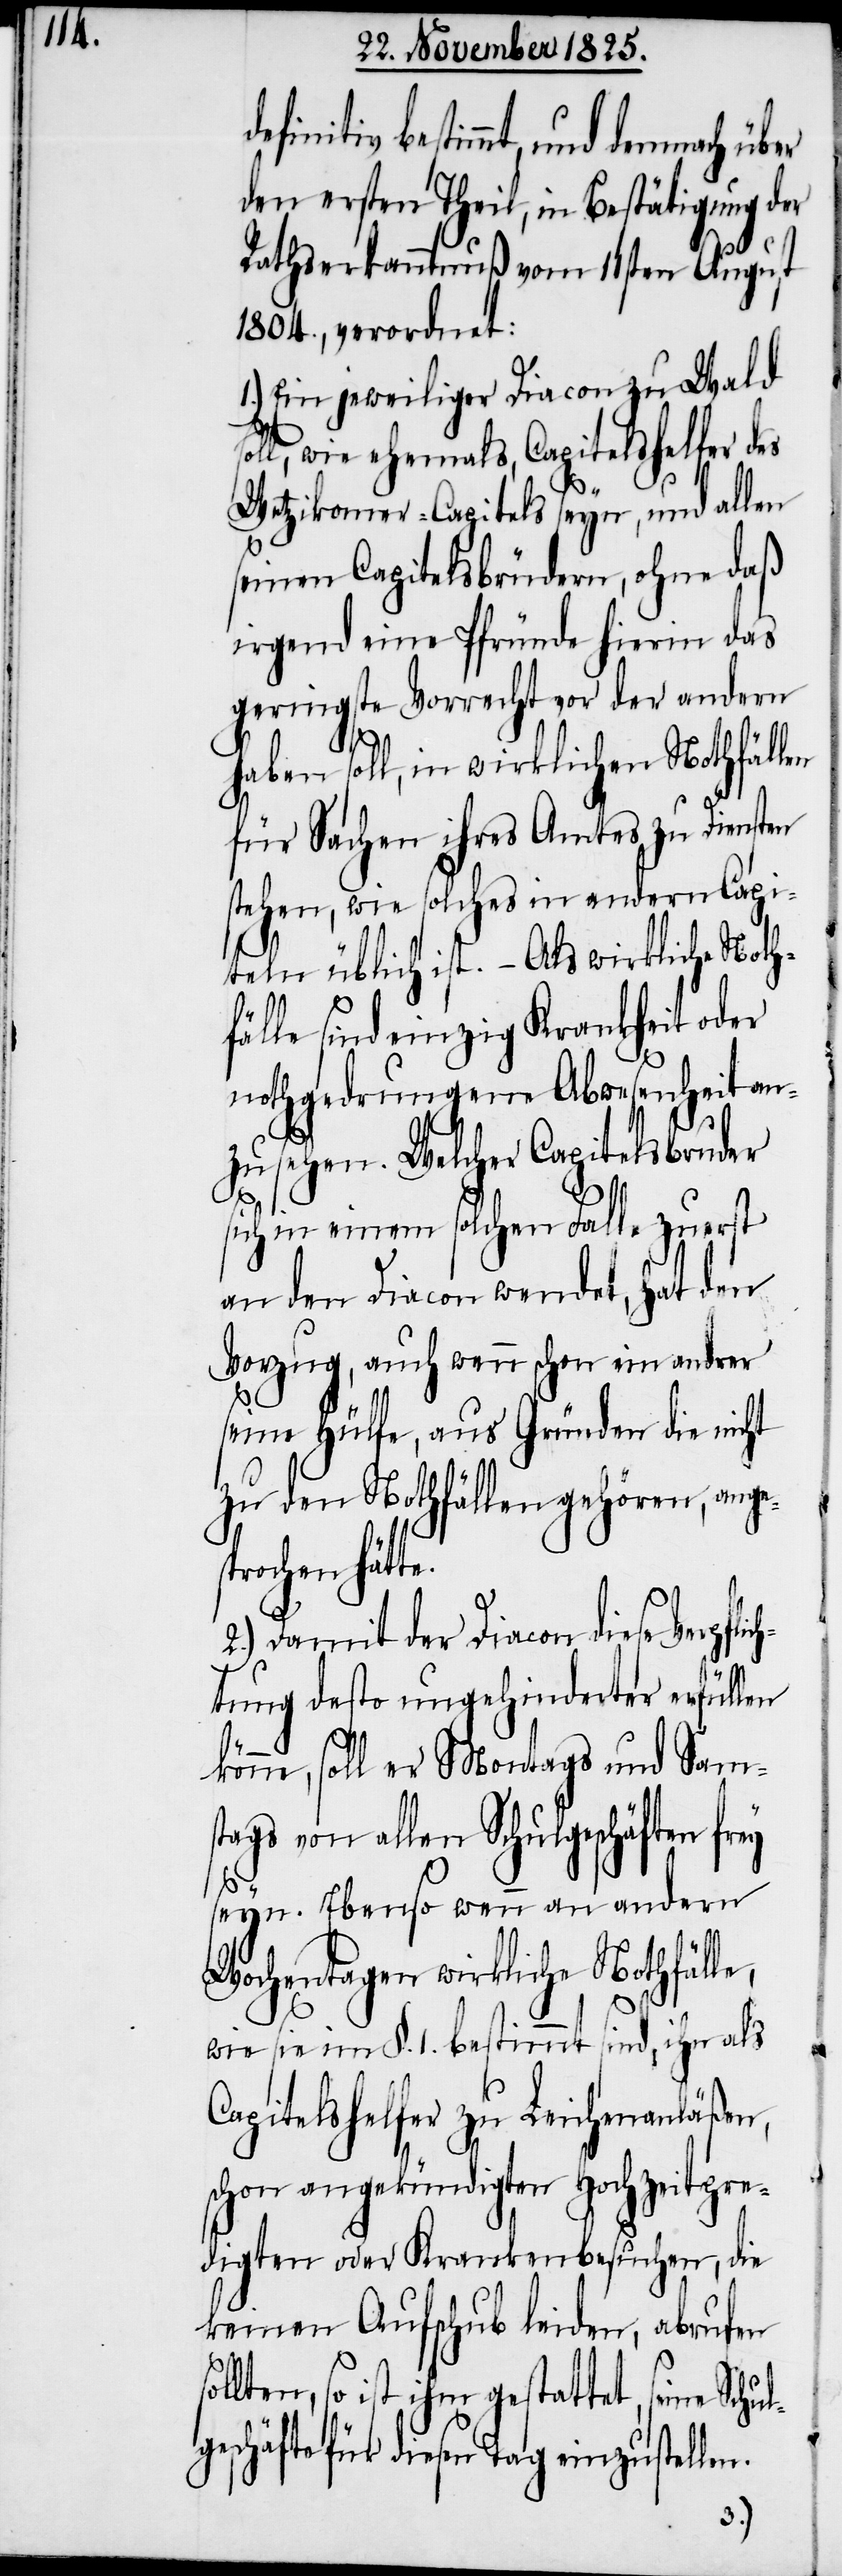
ul¬

bestimmt, und demnach über
den ersten Theil, in Bestätigung der
Rathserkanntnuß vom 11ten August
1804. verordnet:
Ein jeweiliger Diacon zu Wald
soll, wie ehemals, Capitelshelfer des
Wetzikoner-Capitels seyn, und allen
seinen Capitelsbrüdern, ohne daß
irgend eine Pfründe hierin das
geringste Vorrecht vor der andern
haben soll, in wirklichen Nothfällen
für Sachen ihres Amtes zu Diensten
stehen, wie solches in andern Capi¬
teln üblich ist. – Als wirkliche Noth¬
fälle sind einzig Krankheit oder
nothgedrungene Abwesenheit an¬
zusehen. Welcher Capitelsbruder
sich in einem solche Falle zuerst
an den Diacon wendet, hat den
Vorzug, auch wenn schon ein andrer
seine Hülfe, aus Gründen die nicht
zu den Nothfällen gehören, anges¬
prochen hätte.
2.) Damit der Diacon diese Verpfli¬
chtung desto ungehinderter erfüllen
könne, soll er Montags und Sams¬
tags von allen Schulgeschäften
seyn. Ebenso wenn an andern
Wochentagen wirkliche Nothfälle,
wie sie im §. 1. bestimmt sind, ihn als
Capitelshelfer zu Leichenanläßen,
schon angekündigten Hochzeitpre¬
digten oder Krankenbesuchen, die
keinen Aufschub leiden, abrufen
ollten, so ist ihm gestattet, seine Sch¬
geschäfte für diesen Tag einzustellen.